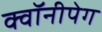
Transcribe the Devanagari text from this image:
क्वॉनीपेग